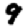
Digit: 9